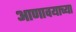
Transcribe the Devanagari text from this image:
आणावयाच्या